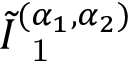
\tilde { I } _ { \mathrm { ~ 1 ~ } } ^ { ( \alpha _ { 1 } , \alpha _ { 2 } ) }